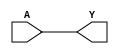
module BUF(A, Y);
  input A;
  output Y;
  assign Y = A;
endmodule

module NOT(A, Y);
  input A;
  output Y;
  assign Y = ~A;
endmodule

module NAND(A, B, Y);
  input A, B;
  output Y;
  assign Y = ~(A & B);
endmodule

module NOR(A, B, Y);
  input A, B;
  output Y;
  assign Y = ~(A | B);
endmodule